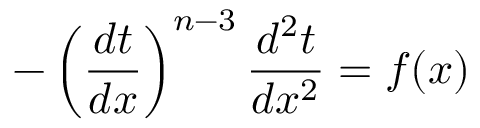
- \left( { \frac { d t } { d x } } \right) ^ { n - 3 } { \frac { d ^ { 2 } t } { d x ^ { 2 } } } = f ( x )